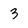
Character: 3